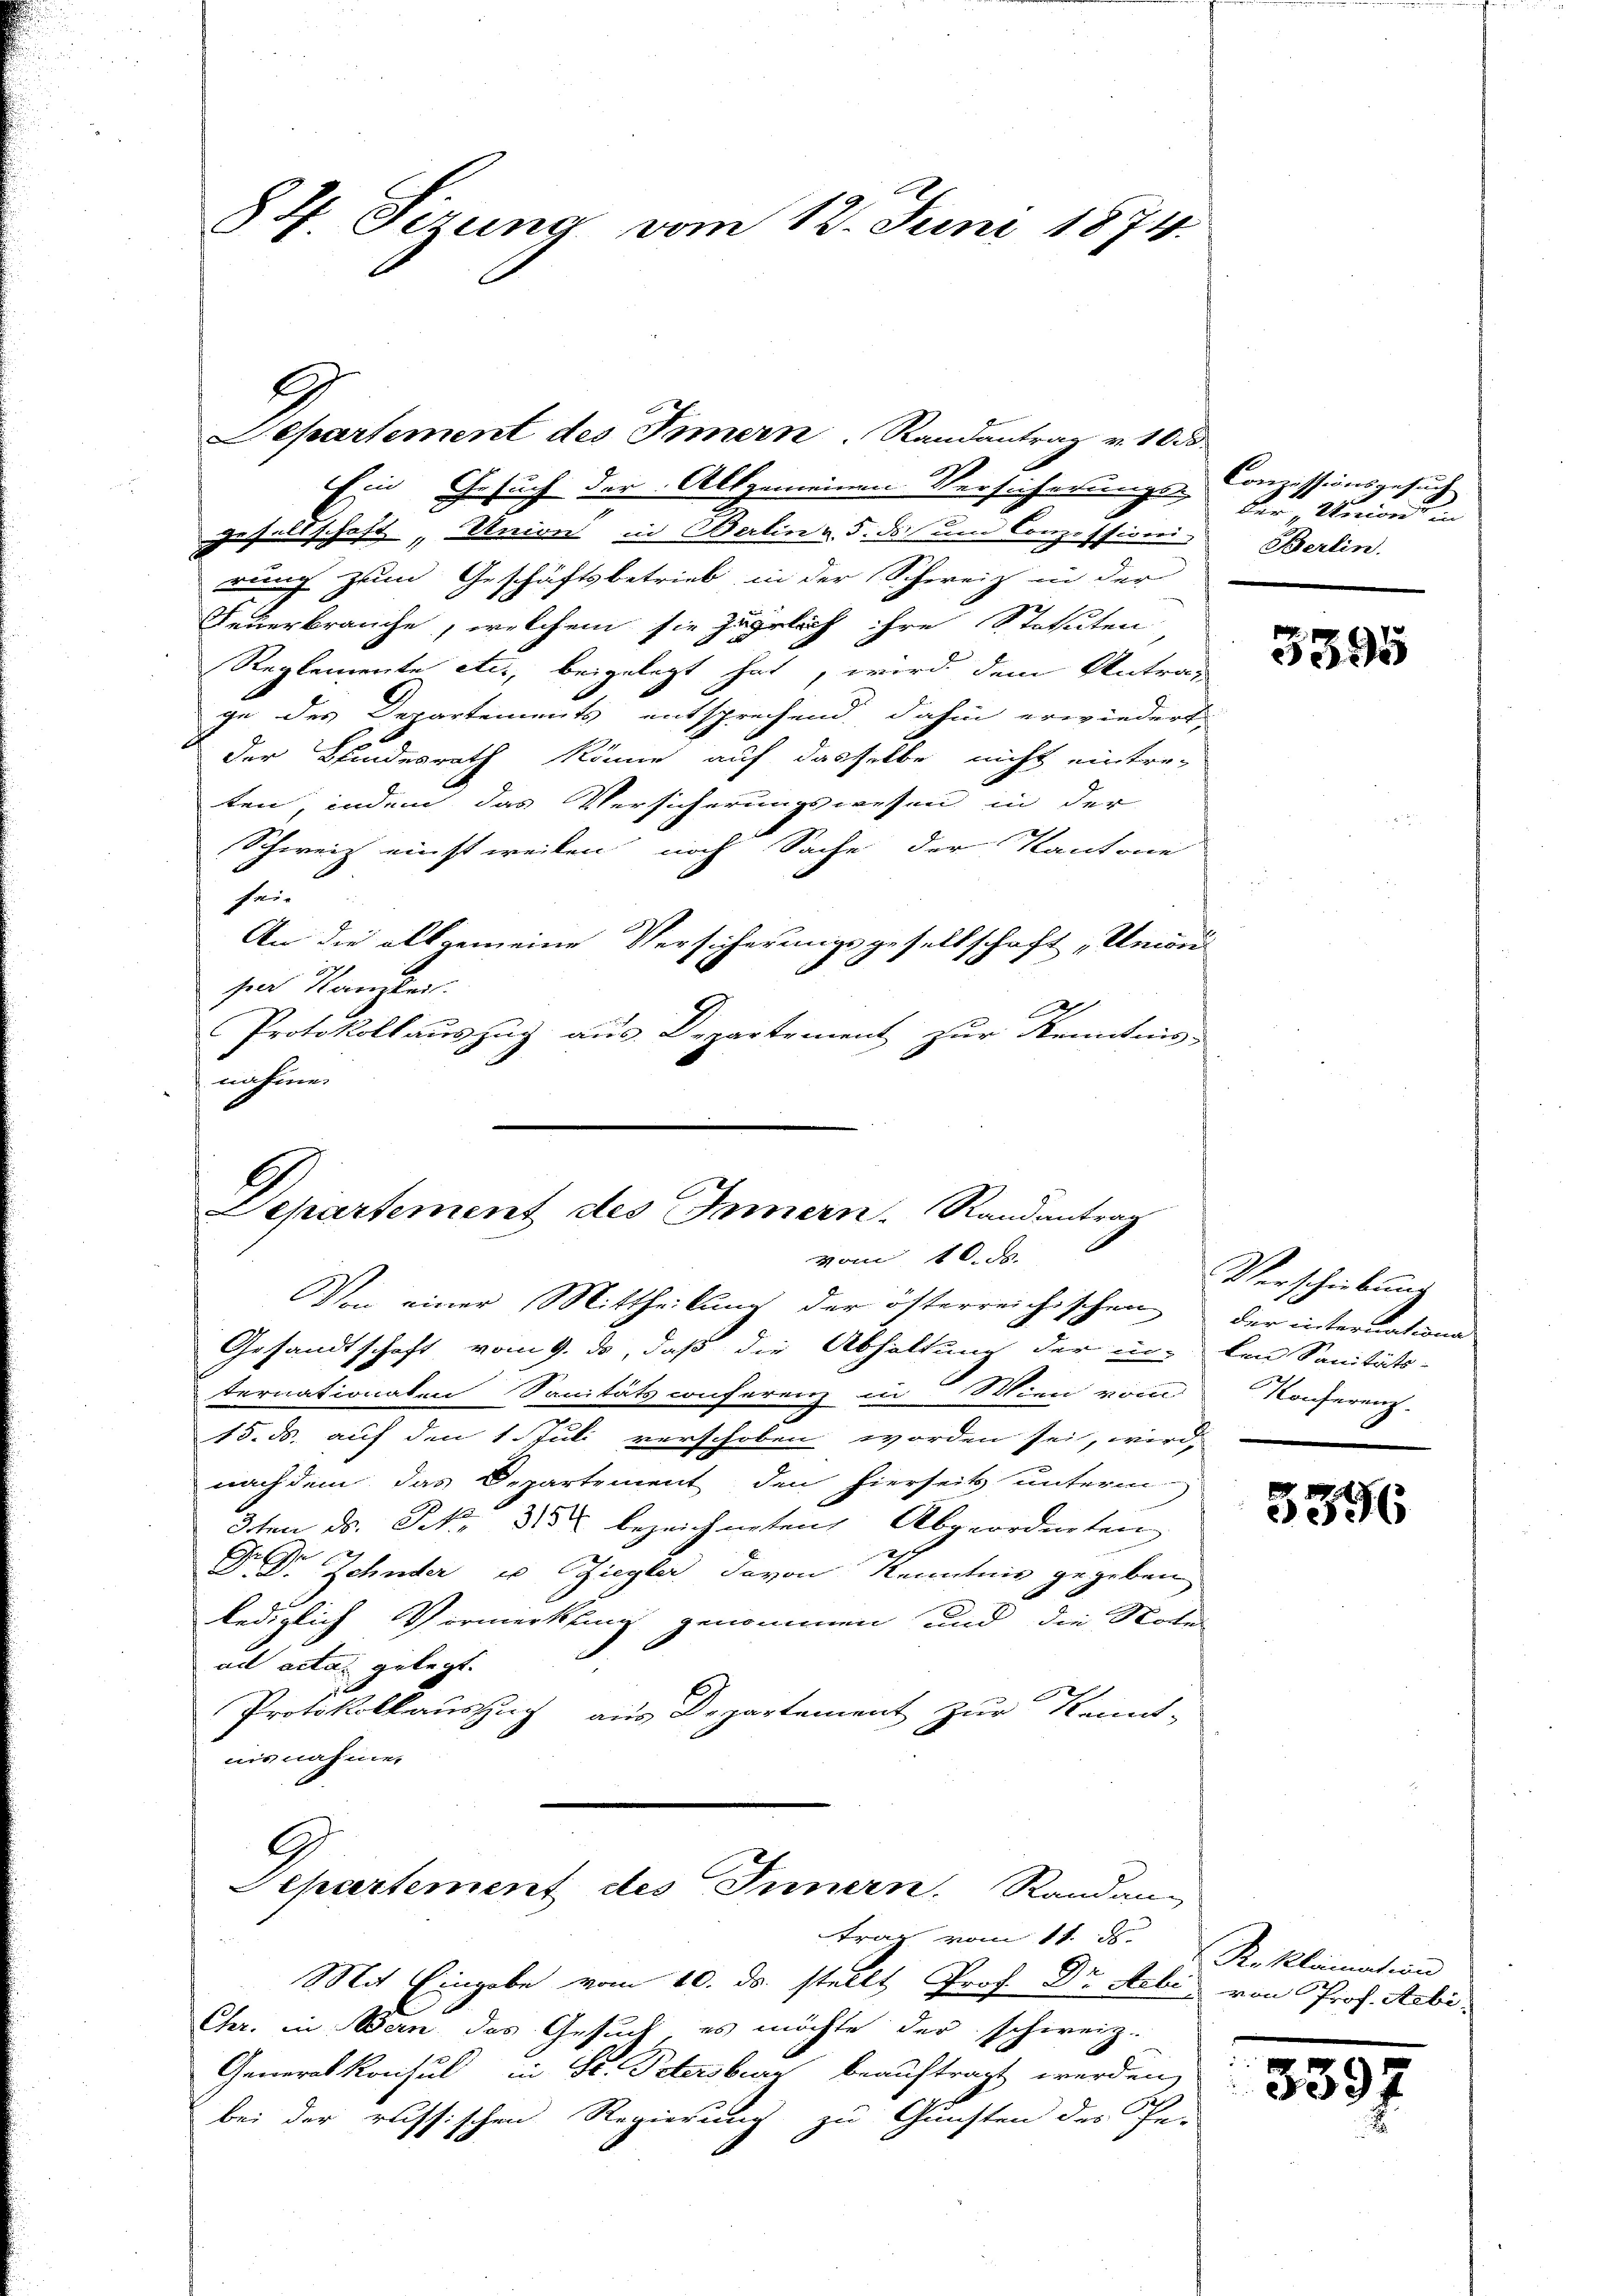
84. Sizung vom 12. Juni 1874.

E

SSepartement des Innern, Randantrag
vom 10. d.
Von einer Mittheilung der österreichischen

Separtement des Innern. Randantrag v. 10 d
Ein Gesuch der Allgemeinen Versicherungs-
gesellschaft „Union in Berling. 5. ds um Conzessioni Berlin.
rung zum Geschäftsbetrieb in der Schweiz in der
Feuerbrauche, welchem sie jährlich ihre Statuten
Reglemente etc., beigelegt hat, wird dem Antrag
ge des Departements entsprechend dahin erwiedert
der Kindesrath könne auf dasselbe nicht eintreten, indem das Versicherungswesen in der
Schweiz einstweilen, noch Sache der Kantone
hei-
An die allgemeine Versicherungsgesellschaft „Unwei
per Kanzlei.
x
Protokollauszug aus Departement zur Kenntnis-
nahme.

Gesandtschaft vom 9. ds, daß die Abhaltung der in den Sanitäts-
ternationalen Sanitäts conferenz in Wien vom
15. ds. auf den 1. Juli verschoben worden sei, wird,
nach dem das Separtement den hierseits unterm
3ten d. Frk. 315 bezeichneten Abgeordneten
Dr Zehnder u Ziegler davon Kenntnis gegeben
lediglich Vormerkung genommen und die Notel
.
ad acta gelegt.
Protokollauszug aus Departement zur Kennt-
nisnahmen
G
Separtement des Innern. Randan-
trag vom 11. J
Mit Eingabe vom 10. ds. stellt Prof. Dr. Febr. von Prof. Sabi¬
Chr. in Bern das Gesuch es möchte der schweiz.
Generalkonsul in St. Petersburg beauftragt werden,
bei der russischen Regierung zu Gunsten des Ge-

Conzessionsgesuch
der Unionst in

3395

Verschiebung
der internatione
Konferenz.

596

R. klamation

339